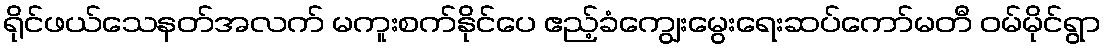
ရိုင်ဖယ်သေနတ်အလက် မကူးစက်နိုင်ပေ ဧည့်ခံကျွေးမွေးရေးဆပ်ကော်မတီ ဝမ်မိုင်ရွာ